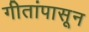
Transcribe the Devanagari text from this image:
गीतांपासून